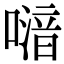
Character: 𠽪